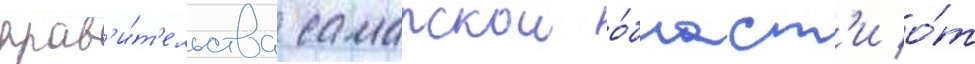
прав'и́т'ельства самарскои о́бласт'и о́т